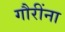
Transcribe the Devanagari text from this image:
गौरींना